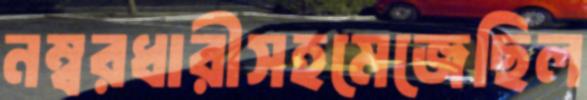
নম্বরধারীসহমেজেছিল